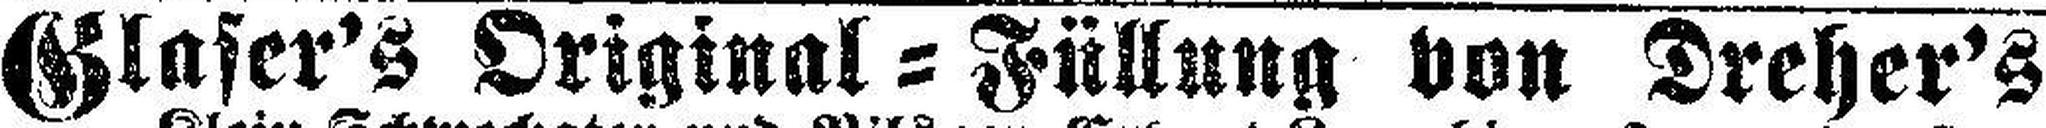
Glaser's Original=Füllung von Dreher's